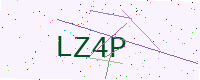
Text: LZ4P